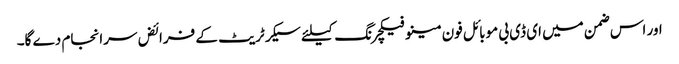
اور اس ضمن میں ای ڈی بی موبائل فون مینو فیکچرنگ کیلئے سیکرٹریٹ کے فرائض سرانجام دے گا۔